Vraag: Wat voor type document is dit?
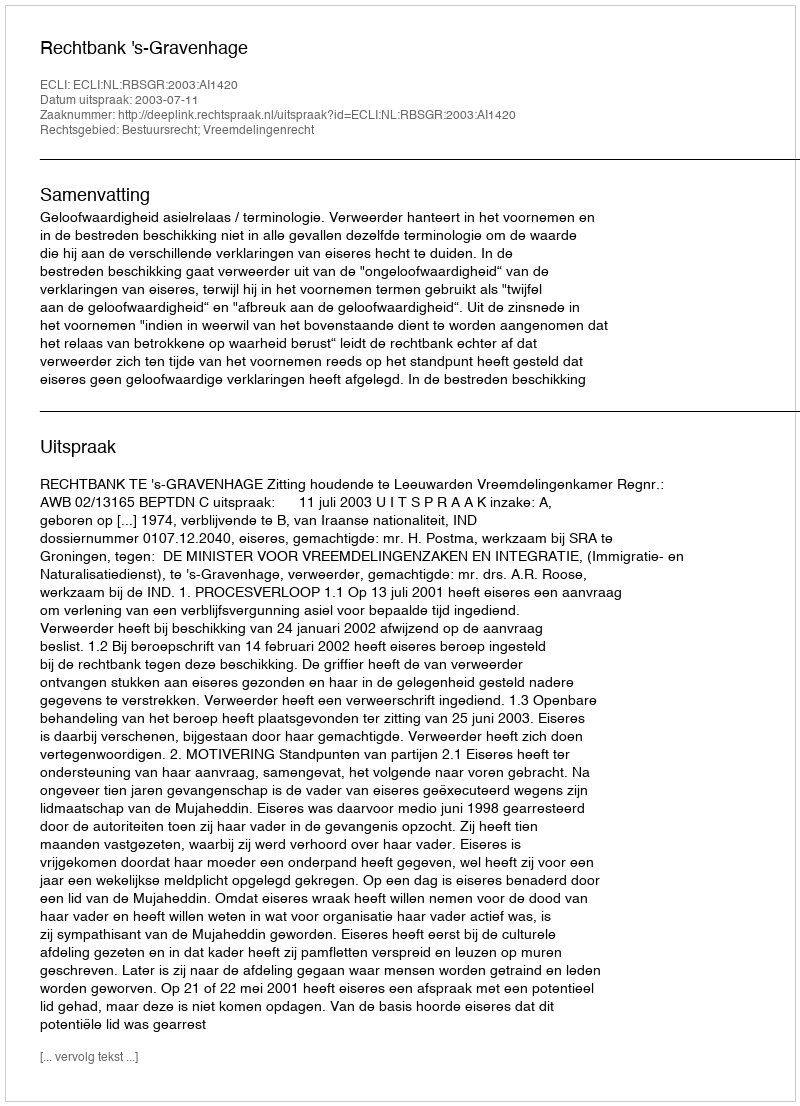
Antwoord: Uitspraak